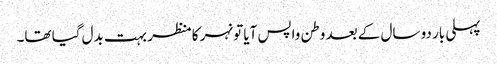
پہلی بار دو سال کے بعد وطن واپس آیا تو نہر کا منظر بہت بدل گیا تھا۔